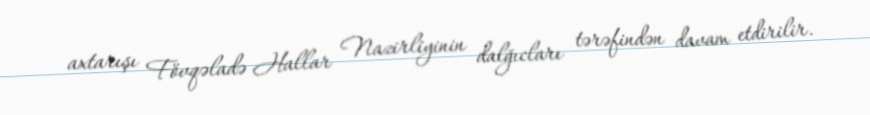
axtarışı Fövqəladə Hallar Nazirliyinin dalğıcları tərəfindən davam etdirilir.